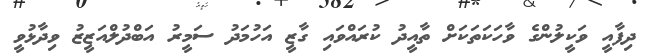
ދިފާއީ ވަކީލުންގެ ވާހަކަތަކަށް ތާއީދު ކުރައްވައި ގާޒީ އަހުމަދު ސަމީރު އަބްދުލްއަޒީޒު ވިދާޅުވީ